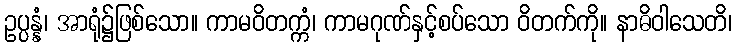
ဥပ္ပန္နံ၊ အာရုံ၌ဖြစ်သော။ ကာမဝိတက္ကံ၊ ကာမဂုဏ်နှင့်စပ်သော ဝိတက်ကို။ နာဓိဝါသေတိ၊